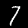
Digit: 7